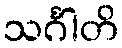
သင်္ဂါတိ